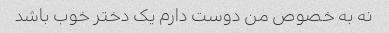
نه به خصوص من دوست دارم یک دختر خوب باشد